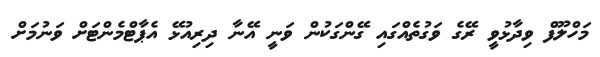
މަހްލޫފް ވިދާޅުވީ ރޭގެ ވަގުތެއްގައި ގޭންގަކުން ވަނީ އޭނާ ދިރިއުޅޭ އެޕާޓްމެންޓަށް ވަނުމަށް